Report of an investigation in regard to the prevalence of stegomyia and other mosquitoes in Karachi, and the measures necessary for their control
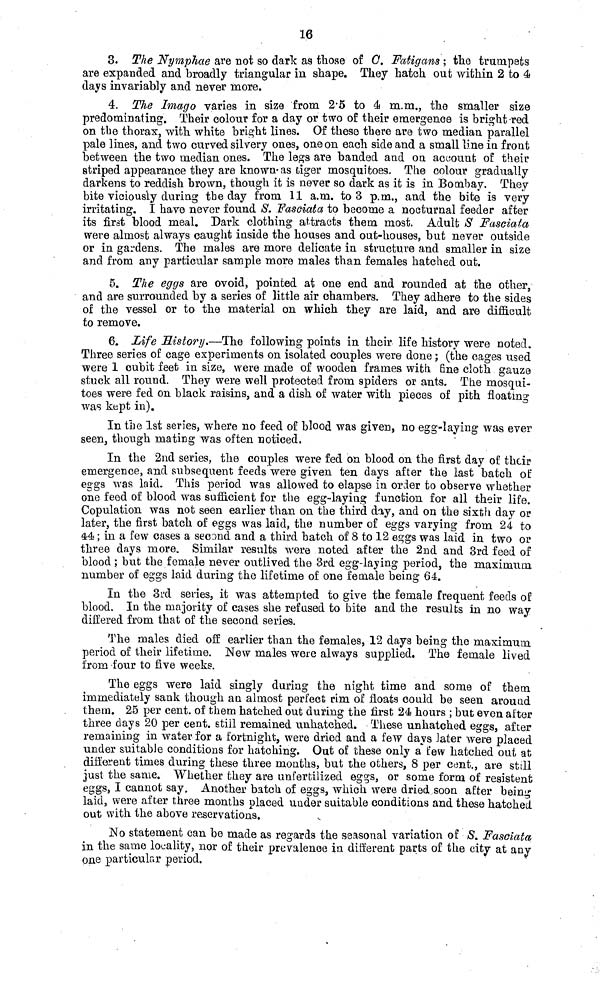
16
3. The Nymphae are not so dark as those of 0. Fatigans ; the trumpets
are expanded and broadly triangular in shape. They hatch out within 2 to 4
days invariably and never more.
4. The Imago varies in size from 2.5 to 4 m.m., the smaller size
predominating. Their colour for a day or two of their emergence is bright red
on the thorax, with white bright lines. Of these there are two median parallel
pale lines, and two curved silvery ones, one on each side and a small line in front
between the two median ones. The legs are banded and on account of their
striped appearance they are known as tiger mosquitoes. The colour gradually
darkens to reddish brown, though it is never so dark as it is in Bombay. They
bite viciously during the day from 11 a.m. to 3 p.m., and the bite is very
irritating. I have never found S. Fasciata to become a nocturnal feeder after
its first blood meal. Dark clothing attracts them most. Adult S Fasciata
were almost always caught inside the houses and out-houses, but never outside
or in gardens. The males are more delicate in structure and smaller in size
and from any particular sample more males than females hatched out.
5. The eggs are ovoid, pointed at one end and rounded at the other,
and are surrounded by a series of little air chambers. They adhere to the sides
of the vessel or to the material on which they are laid, and are difficult
to remove.
6. Life History.—The following points in their life history were noted.
Three series of cage experiments on isolated couples were done; (the cages used
were 1 cubit feet in size, were made of wooden frames with fine cloth gauze
stuck all round. They were well protected from spiders or ants. The mosqui-
toes were fed on black raisins, and a dish of water with pieces of pith floating
was kept in).
In the 1st series, where no feed of blood was given, no egg-laying was ever
seen, though mating was often noticed.
In the 2nd series, the couples were fed on blood on the first day of their
emergence, and subsequent feeds were given ten days after the last batch of
eggs was laid. This period was allowed to elapse in order to observe whether
one feed of blood was sufficient for the egg-laying function for all their life.
Copulation was not seen earlier than on the third day, and on the sixth day or
later, the first batch of eggs was laid, the number of eggs varying from 24 to
44; in a few cases a second and a third batch of 8 to 12 eggs was laid in two or
three days more. Similar results were noted after the 2nd and 3rd feed of
blood ; but the female never outlived the 3rd egg-laying period., the maximum
number of eggs laid during the lifetime of one female being 64.
In the 3rd series, it was attempted to give the female frequent feeds of
blood. In the majority of cases she refused to bite and the results in no way
differed from that of the second series.
The males died off earlier than the females, 12 days being the maximum
period of their lifetime. New males were always supplied. The female lived
from four to five weeks.
The eggs were laid singly during the night time and some of them
immediately sank though an almost perfect rim of floats could be seen around
them. 25 per cent. of them hatched out during the first 24 hours ; but even after
three days 20 per cent. still remained unhatched. These unhatched eggs, after
remaining in water for a fortnight, were dried and a few days later were placed
under suitable conditions for hatching. Out of these only a few hatched out at
different times during these three months, but the others, 8 per cent., are still
just the same. Whether they are unfertilized eggs, or some form of resistent
eggs, I cannot say. Another batch of eggs, which were dried soon after being
laid, were after three months placed under suitable conditions and these hatched
out with the above reservations.
No statement can be made as regards the seasonal variation of S. Fasciata
in the same locality, nor of their prevalence in different parts of the city at any
one particular period.